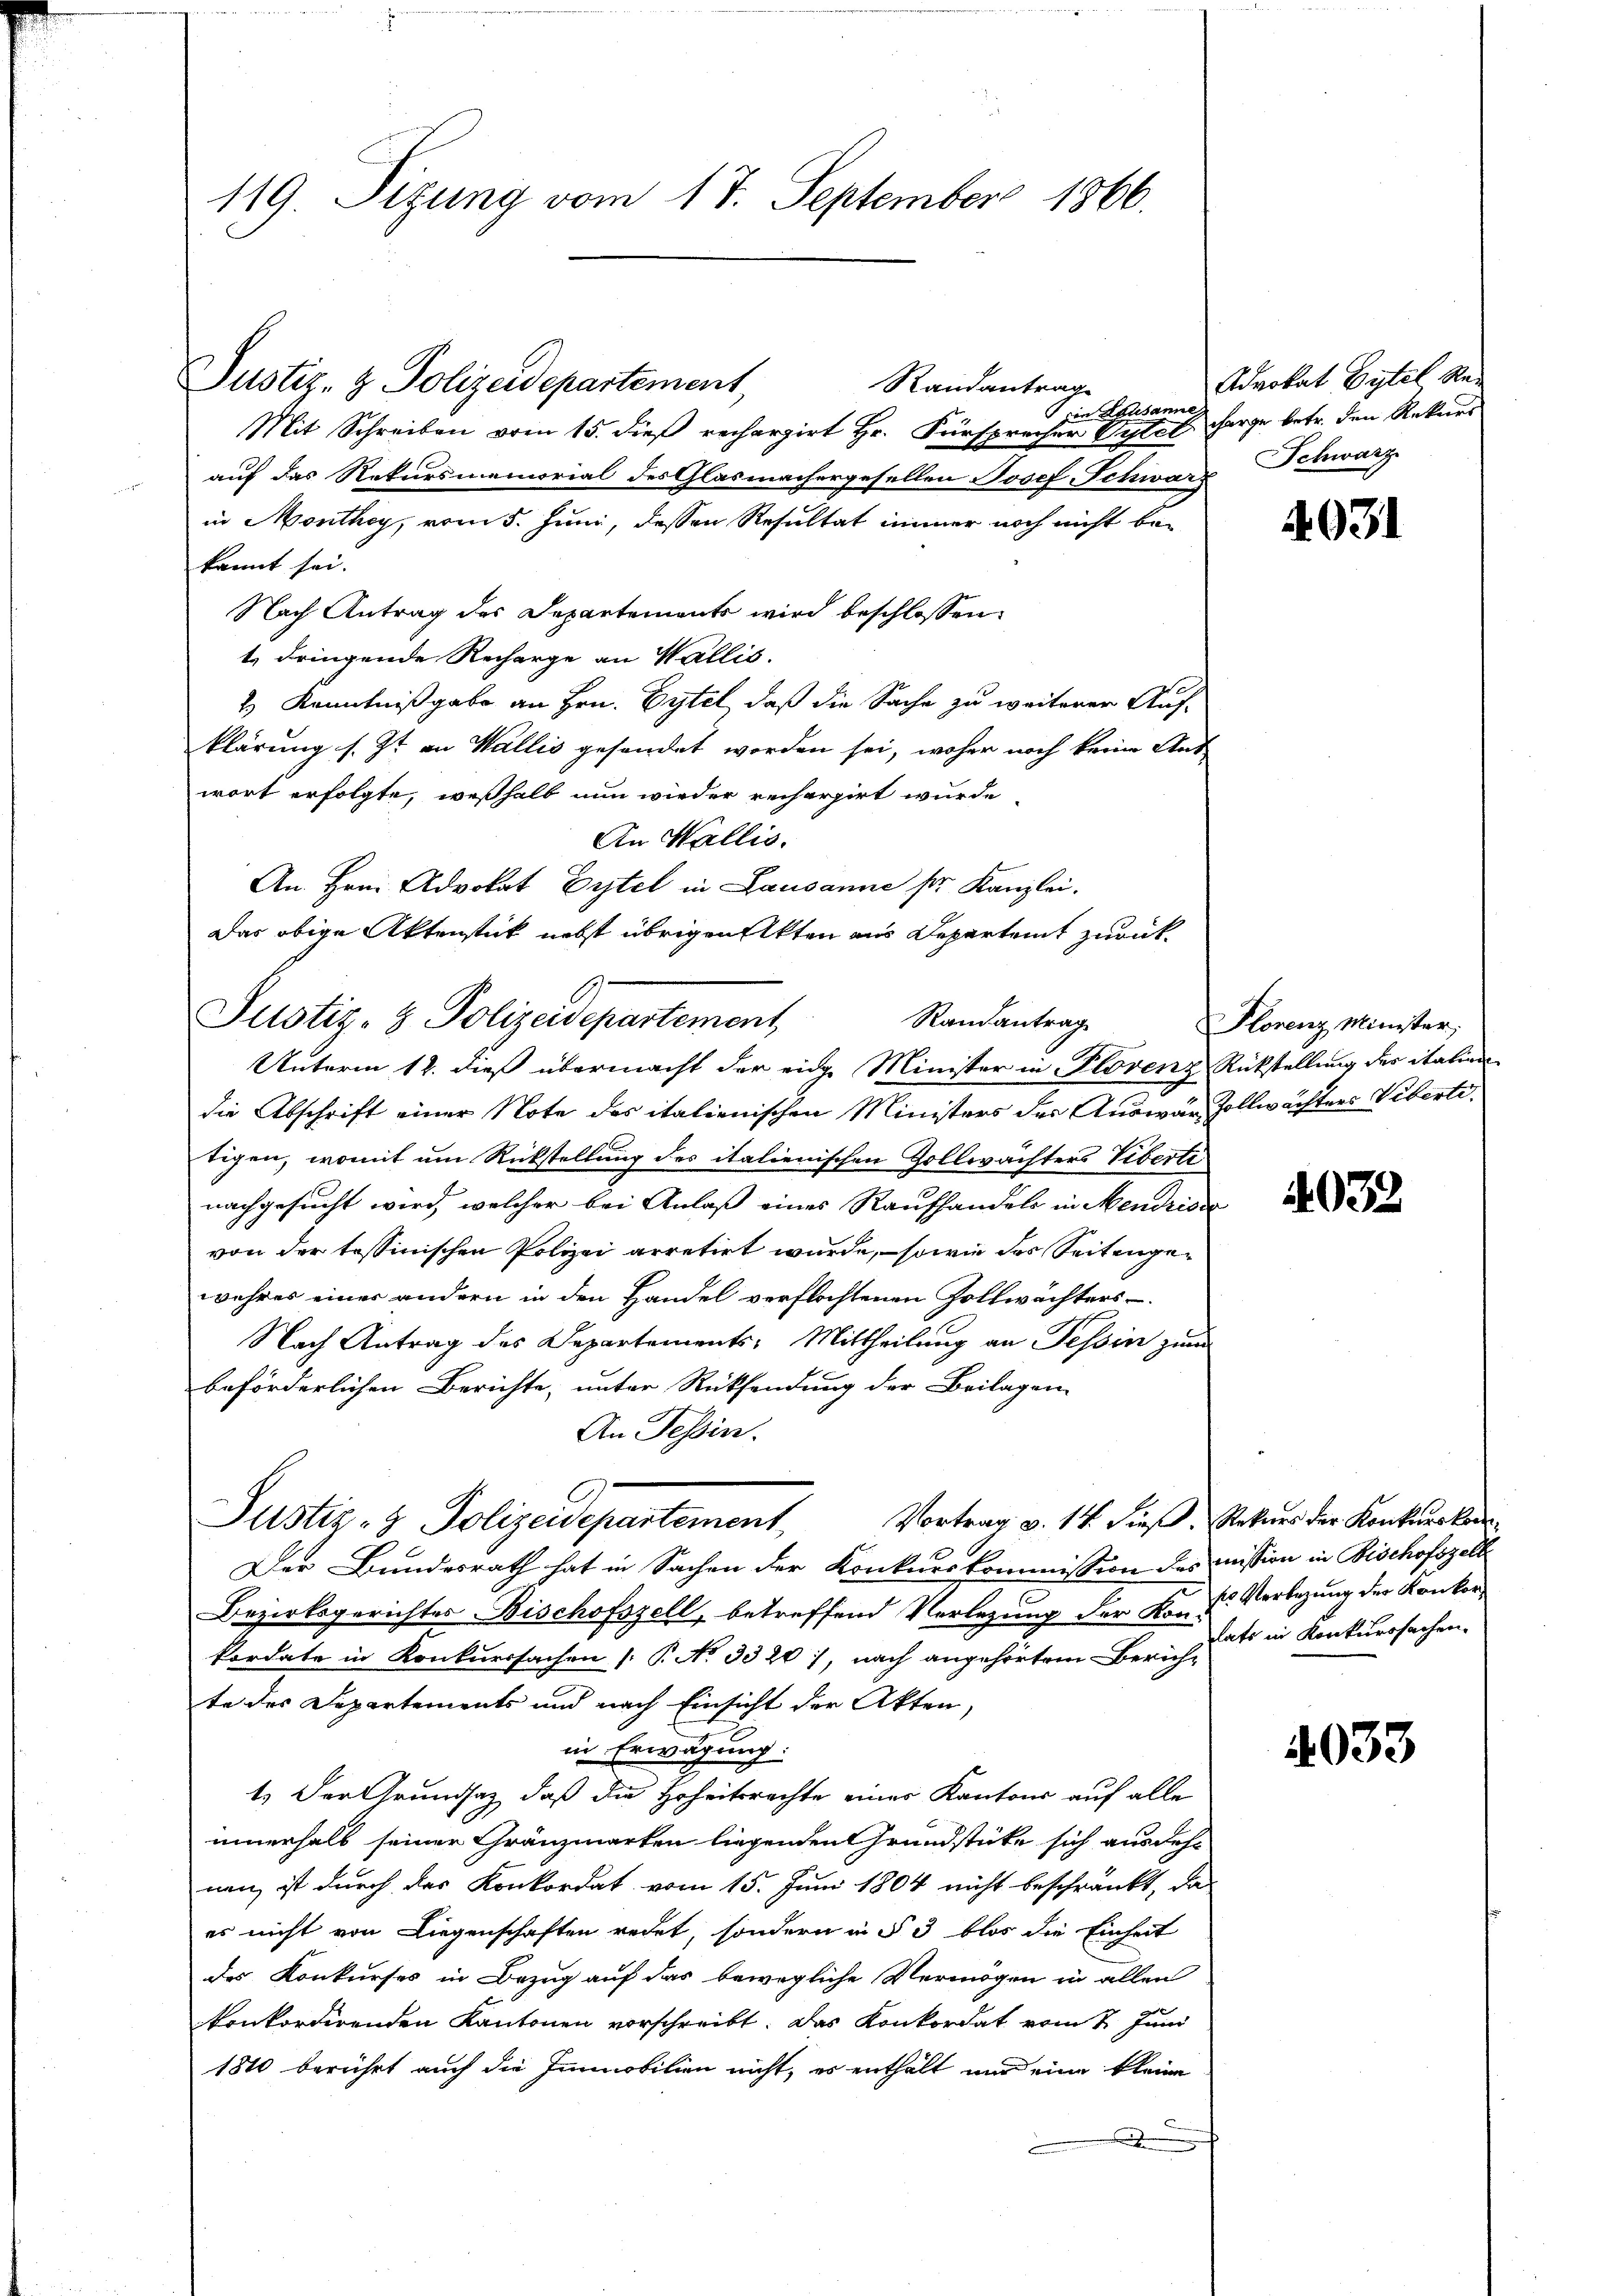
119. Sizung vom 17. September 1866.

Randantrage
von Lausanne
Mit Schreiben vom 15. dieß rechargirt Hr. Fürsprecher Oestel Horge betr. den Rekurs
auf das Rekursmemorial des Glasmachergesellen Josef Schwar
in Monthey, vom 5. Juni, dessen Resultat immer noch nicht bekannt sei.
Nach Antrag des Departements wird beschlossen:
1. dringende Recharge an Wallis.
2) Kenntnißgabe an Hrn. Pytel, daß die Sache zu weiterer Auf-
klärung s. Zt. an Wallis gesendet worden sei, woher noch keine Ant
wort erfolgte, weßhalb nun wieder recherpirt wurde,
An Wallis.
An Hrn. Advokat Erstel in Lausanne pr. Kanzlei.
Das obige Aktenstück nebst übrigen Akten aus Departeit zurück¬

Justiz- & Polizeidepartement,

Justiz- & Polizeidepartement,
Randantrag
Unterm 12. dieß übermacht der eidg. Minister in Plovenz Rückstellung der italien

Justiz- & Polizeidepartement, Vortrag v. 14. dieß. Sekurs der Konkurr

Advokat Pytel, Re¬
Schwarz

die Abschrift einer Note des italienischen Ministers der Auswär Zollwächters Vibertitigen, womit um Rückstellung des italienischen Zollwächters Viberti
nachgesucht wird, welcher bei Anlaß eines Raufhandels in Mendrisc
von der tessinischen Polizei arretirt wurde, – sowie des Seitengewehres einer andern in den Handel verflochtenen Zollwächters
Nach Antrag des Departements-Mittheilung an Tessin zum
beförderlichen Berichte, unter Rücksendung der Beilagen
An Tessin.
Der Bundesrath hat in Sachen der Konkurskommission des mission in Bischofszell
Bezirksgerichtes Bischofszell, betreffend Verlegung der Kons. Verlegung der Konkorkordate in Konkurssachen [P. No 3320), nach angehörtem Zürichte des Departements und nach Einsicht der Akten,
in Erwägung:
1.) Der Grundsaz, daß die Hoheitsrechte eines Kantons auf alle
innerhalb seiner Gränzmarken liegenden Grundstücke sich ausdehn
nen, ist durch des Konkordat vom 15. Juni 1804 nicht beschränkt, da
es nicht von Liegenschaften redet, sondern in § 3 blos die Einheit
des Konkurses in Bezug auf das bewegliche Vermögen in allen
konkordirenden Kantonen vorschreibt. Das Konkordat vom 2. Juni
1810 berührt auch die Immobilien nicht, es enthält und eine kleine

4031

Florenz Minister,

4032

late in Konkurssachen.

4033